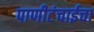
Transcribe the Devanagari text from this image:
पाणीटंचाईचा